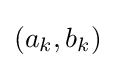
(a_{k},b_{k})